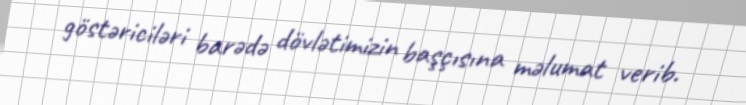
göstəriciləri barədə dövlətimizin başçısına məlumat verib.